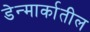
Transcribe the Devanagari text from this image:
डेन्मार्कातील